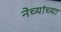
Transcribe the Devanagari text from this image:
नेच्यांच्या